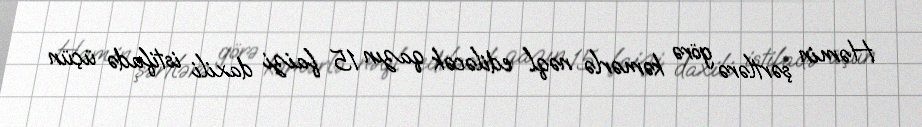
Həmin şərtlərə görə kəmərlə nəql ediləcək qazın 15 faizi daxili istifadə üçün